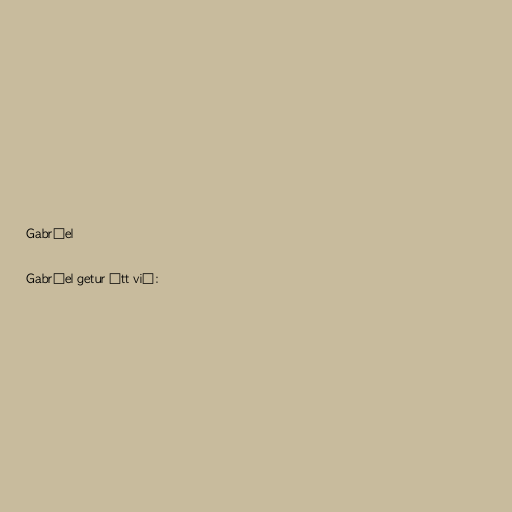
Gabríel

Gabríel getur átt við: